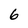
Character: 6